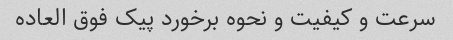
سرعت و کیفیت و نحوه برخورد پیک فوق العاده